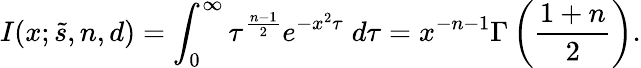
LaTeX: I(x;{\widetilde s},n,d)=\int_{0}^{\infty}\tau^{{\frac{n-1}{2}}}e^{-x^{2}\tau}\; d\tau=x^{-n-1}\Gamma\left({\frac{1+n}{2}}\right).